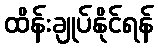
ထိန်းချုပ်နိုင်ရန်